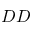
D D